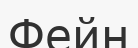
Фейн